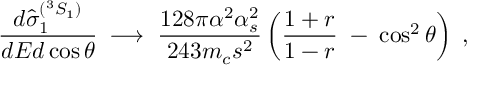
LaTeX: { \frac { d \widehat { \sigma } _ { 1 } ^ { ( ^ { 3 } S _ { 1 } ) } } { d E d \cos \theta } } \; \longrightarrow \; { \frac { 1 2 8 \pi \alpha ^ { 2 } \alpha _ { s } ^ { 2 } } { 2 4 3 m _ { c } s ^ { 2 } } } \left( { \frac { 1 + r } { 1 - r } } \; - \; \cos ^ { 2 } \theta \right) \; ,